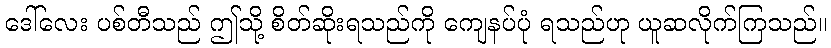
ဒေါ်လေး ပစ်တီသည် ဤသို့ စိတ်ဆိုးရသည်ကို ကျေနပ်ပုံ ရသည်ဟု ယူဆလိုက်ကြသည်။